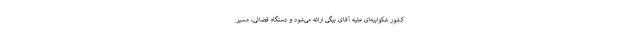
کشور شکواییه‌ای علیه آقای بیگی ارائه می‌شود و دستگاه قضائی، مسیر